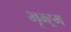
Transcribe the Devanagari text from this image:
भृग्ह्र्म